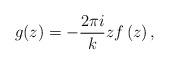
LaTeX: \begin{align*}g(z)=-\frac{2\pi i}{k}zf\left(z\right),\end{align*}